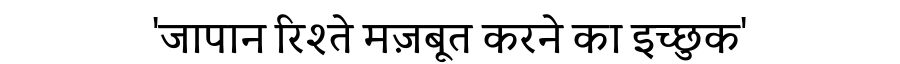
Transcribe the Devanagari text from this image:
'जापान रिश्ते मज़बूत करने का इच्छुक'